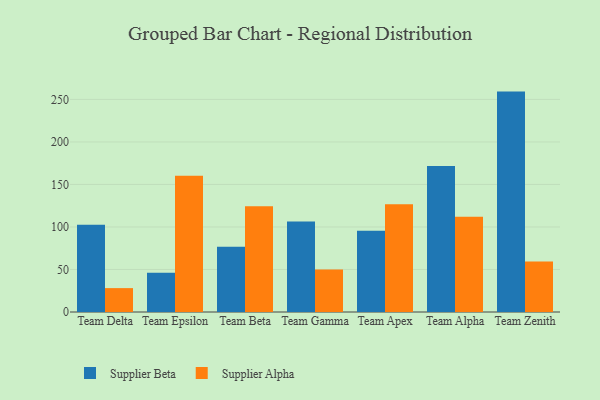
{"axis": {"x": "Team", "y": "Demand Index"}, "legend": ["Supplier Alpha", "Supplier Beta"], "data": [{"x": "Team Delta", "y": 102.7, "type": "Supplier Beta"}, {"x": "Team Delta", "y": 28.1, "type": "Supplier Alpha"}, {"x": "Team Epsilon", "y": 46.3, "type": "Supplier Beta"}, {"x": "Team Epsilon", "y": 160.2, "type": "Supplier Alpha"}, {"x": "Team Beta", "y": 76.7, "type": "Supplier Beta"}, {"x": "Team Beta", "y": 124.3, "type": "Supplier Alpha"}, {"x": "Team Gamma", "y": 106.4, "type": "Supplier Beta"}, {"x": "Team Gamma", "y": 49.9, "type": "Supplier Alpha"}, {"x": "Team Apex", "y": 95.6, "type": "Supplier Beta"}, {"x": "Team Apex", "y": 126.8, "type": "Supplier Alpha"}, {"x": "Team Alpha", "y": 171.8, "type": "Supplier Beta"}, {"x": "Team Alpha", "y": 112.1, "type": "Supplier Alpha"}, {"x": "Team Zenith", "y": 259.2, "type": "Supplier Beta"}, {"x": "Team Zenith", "y": 59.4, "type": "Supplier Alpha"}]}